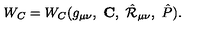
W _ { C } = W _ { C } ( g _ { \mu \nu } , \ \mathrm { \bf C } , \ \hat { \cal R } _ { \mu \nu } , \ \hat { P } ) .